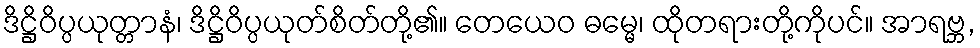
ဒိဋ္ဌိဝိပ္ပယုတ္တာနံ၊ ဒိဋ္ဌိဝိပ္ပယုတ်စိတ်တို့၏။ တေယေဝ ဓမ္မေ၊ ထိုတရားတို့ကိုပင်။ အာရဗ္ဘ,